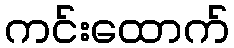
ကင်းထောက်